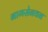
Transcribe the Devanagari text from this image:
नागसेनवन